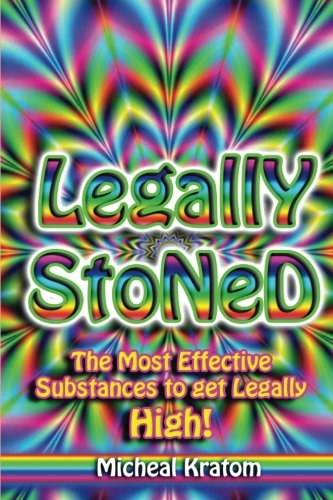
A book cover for Legally Stoned: The Most Effective Substances to get Legally High! (Legal High, Get High Legally, Pass a Drug Test, Kratom, Kratom for Beginners, Kratom Powder, Kratom ebook.); Micheal Kratom; Humor & Entertainment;